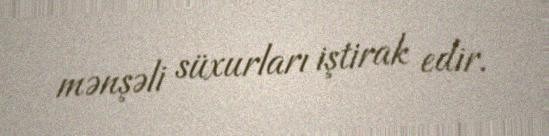
mənşəli süxurları iştirak edir.